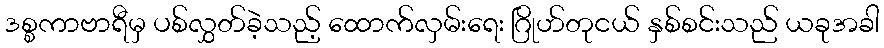
ဒစ္စကာဗာရီမှ ပစ်လွှတ်ခဲ့သည့် ထောက်လှမ်းရေး ဂြိုဟ်တုငယ် နှစ်စင်းသည် ယခုအခါ